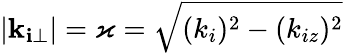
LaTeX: |\mathbf{k_{i\bot}}|=\varkappa=\sqrt{(k_{i})^{2}-(k_{iz})^{2}}